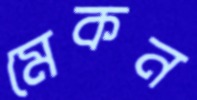
মেকন